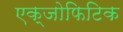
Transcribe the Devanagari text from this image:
एक्जोफिटिक